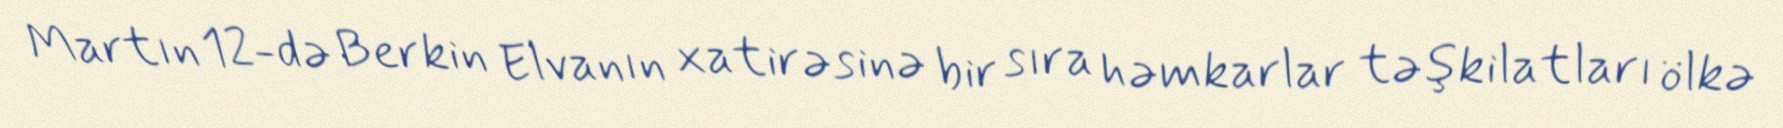
Martın 12-də Berkin Elvanın xatirəsinə bir sıra həmkarlar təşkilatları ölkə